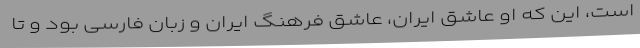
است، این که او عاشق ایران، عاشق فرهنگ ایران و زبان فارسی بود و تا